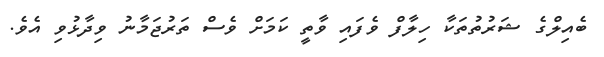
ބެއިލްގެ ޝަރުތުތަކާ ހިލާފް ވެފައި ވާތީ ކަމަށް ވެސް ތަރުޖަމާނު ވިދާޅުވި އެވެ.